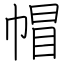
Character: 帽